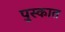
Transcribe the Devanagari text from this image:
पुस्कात